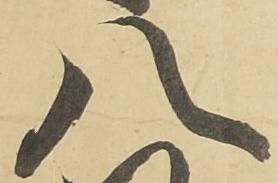
八